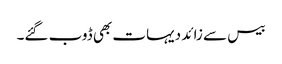
بیس سے زائد دیہات بھی ڈوب گئے۔